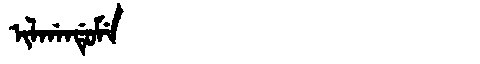
Manchu: ᡳᠯᡤᠠᠨᡩᡠᠮᡝ
Romanization: ILGANDUME